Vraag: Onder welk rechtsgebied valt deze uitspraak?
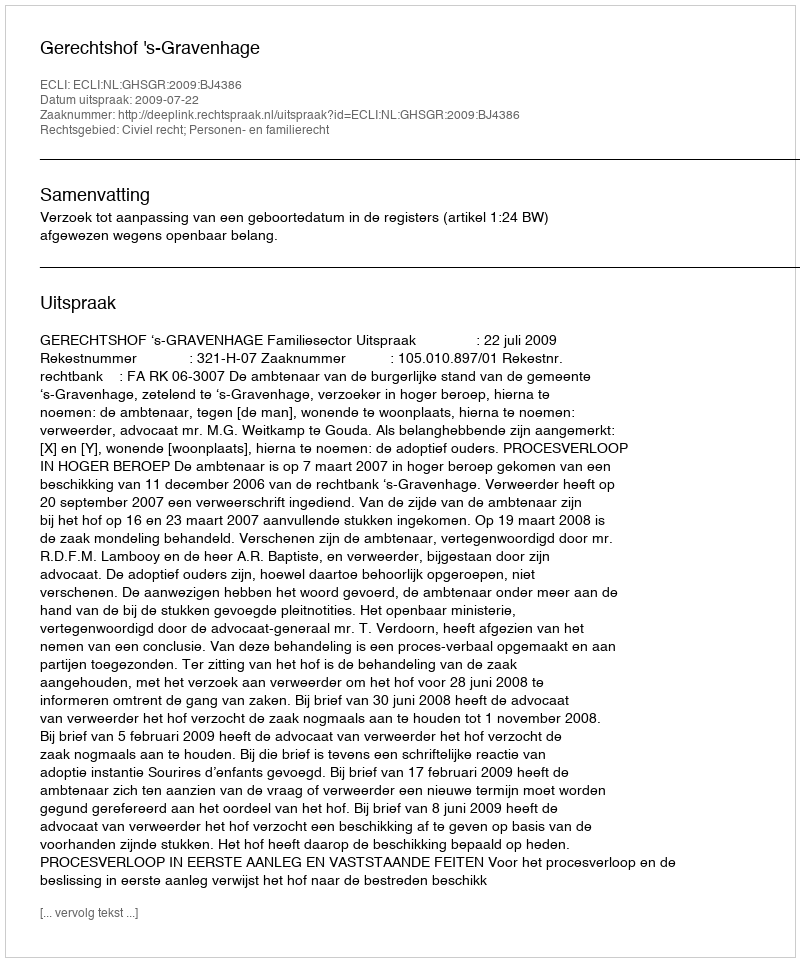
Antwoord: Civiel recht; Personen- en familierecht